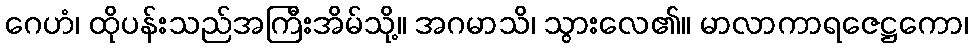
ဂေဟံ၊ ထိုပန်းသည်အကြီးအိမ်သို့။ အဂမာသိ၊ သွားလေ၏။ မာလာကာရဇေဋ္ဌကော၊